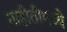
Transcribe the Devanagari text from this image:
माहीतीमध्ये